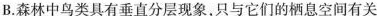
B. 森林中鸟类具有垂直分层现象，只与它们的栖息空间有关